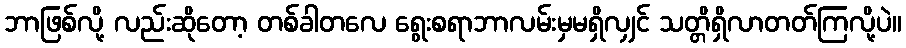
ဘာဖြစ်လို့ လည်းဆိုတော့ တစ်ခါတလေ ရွေးစရာဘာလမ်းမှမရှိလျှင် သတ္တိရှိလာတတ်ကြလို့ပဲ။